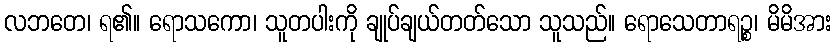
လဘတေ၊ ရ၏။ ရောသကော၊ သူတပါးကို ချုပ်ချယ်တတ်သော သူသည်။ ရောသေတာရဉ္စ၊ မိမိအား